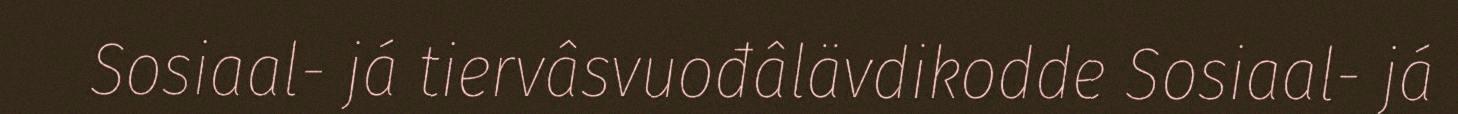
Sosiaal- já tiervâsvuođâlävdikodde Sosiaal- já